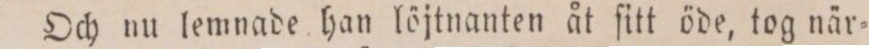
Och nu lemnade han löjtnanten åt ſitt öde, tog när=